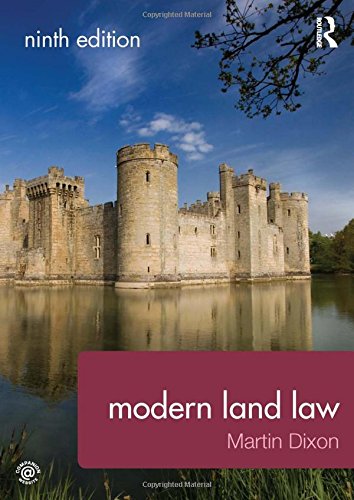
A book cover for Modern Land Law; Martin Dixon; Law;